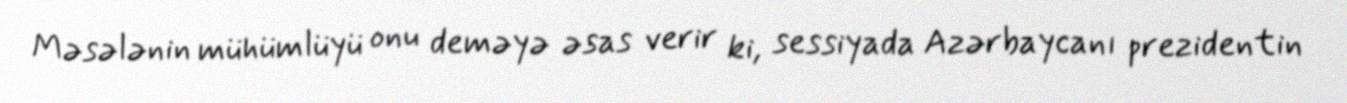
Məsələnin mühümlüyü onu deməyə əsas verir ki, sessiyada Azərbaycanı prezidentin